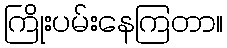
ကြိုးပမ်းနေကြတာ။